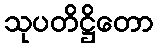
သုပတိဋ္ဌိတော